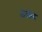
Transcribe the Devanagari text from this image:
आलोद